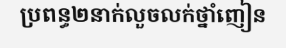
ប្រពន្ធ២នាក់លួចលក់ថ្នាំញៀន